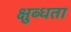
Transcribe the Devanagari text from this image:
क्षुब्धता